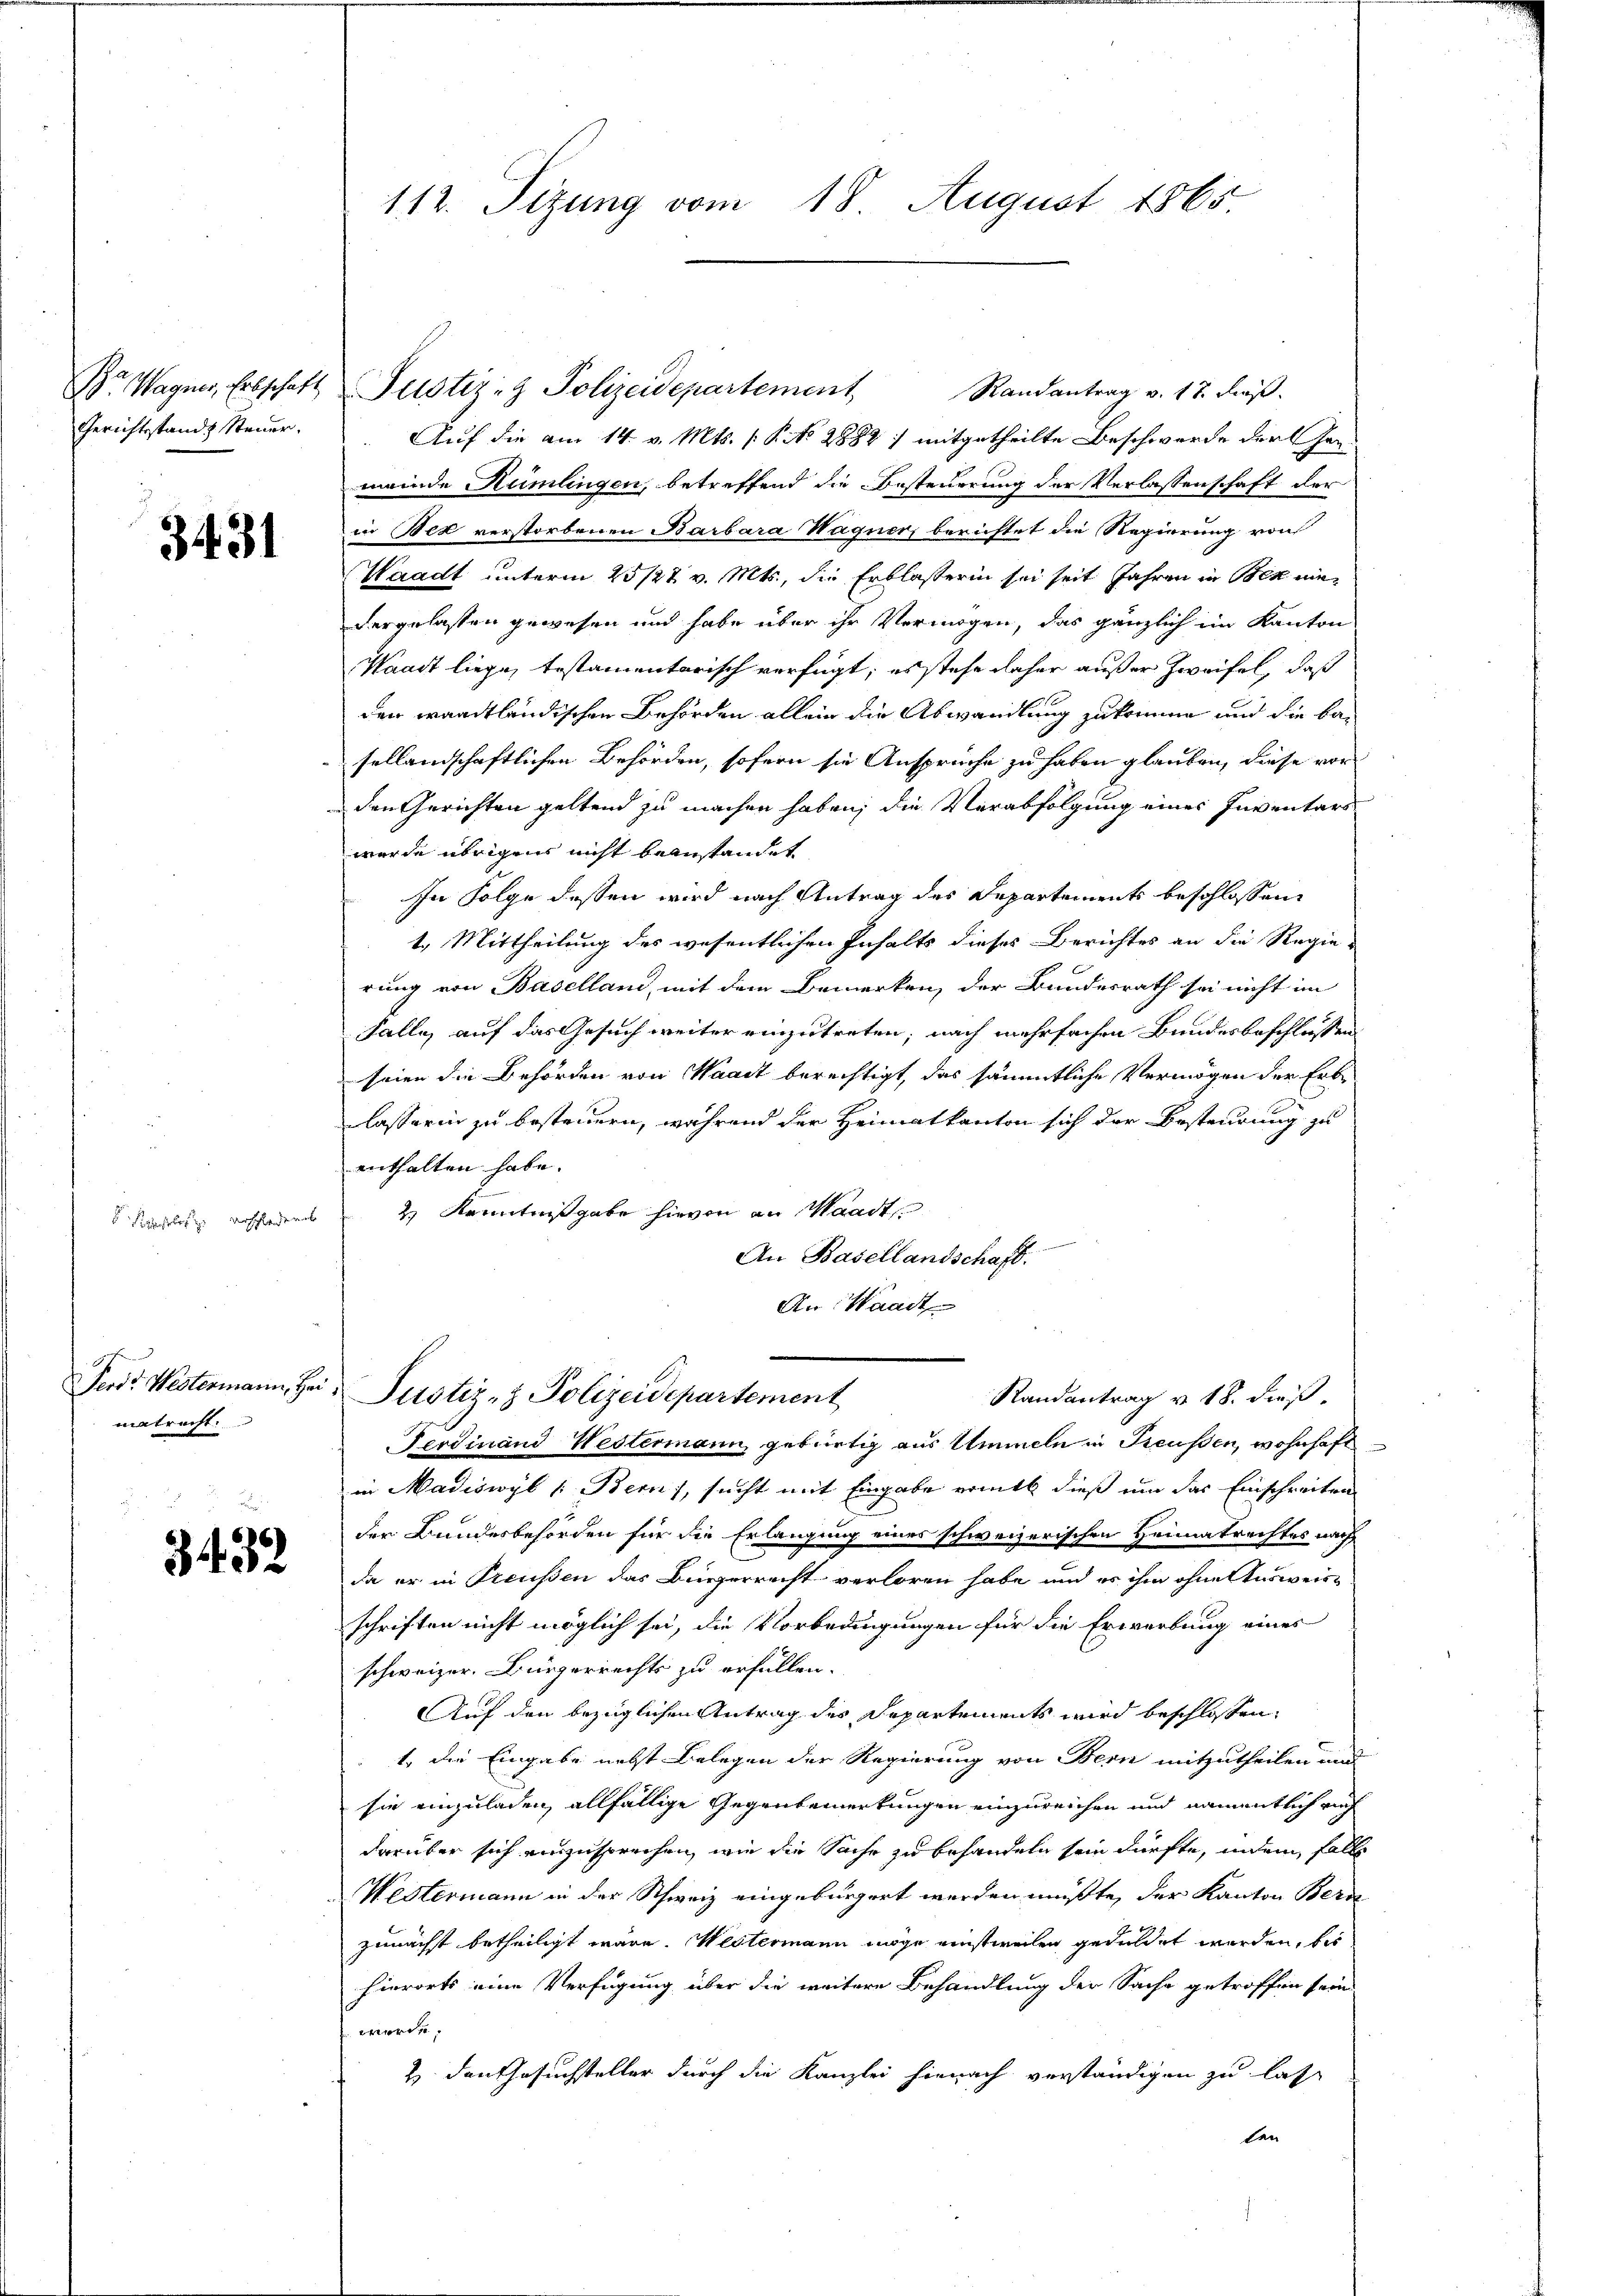
Dr Wagner, Erbschaft
Gerichtsstand Steuer.

3431

Regleichtlich zu erschladen

matricht.

3432

112. Sizung vom 18 August 1865.

Randantrag v. 18. dieß.
Auf die am 14. v. Mts. (T. No 2882) mitgetheilte Beschwerde der Han-
meinde Humlingen, betreffend die Besteuerung der Verlassenschaft der
in Bex verstorbenen Barbara Wagner, berichtet die Regierung von
Waadt unterm 25/27. v. Mts., die Erblasserin sei seit Jahren in Bek niedergelassen gewesen und habe über ihr Vermögen, das gänzlich im Kanton
Waadt liege, testamentarisch verfügt; es stehe daher außer Zweifel, daß
den waadtländischen Behörden allein die Abwandlung zukommen und die besellandschaftlichen Behörden, sofern sie Ansprüche zu haben glauben, diese vor
den Gerichten geltend zu machen haben; die Verabfolgung eines Inventars
wurde übrigens nicht beanstandet
In Folge dessen wird nach Antrag des Departements beschlossen
1. Mittheilung des wesentlichen Inhalts dieses Berichtes an die Regie-
rung von Basellan, mit dem Bemerken, der Bundesrath sei nicht im
Falle, auf das Gesuch weiter einzutreten; nach mehrfachen Bundesbeschlüssen
seien die Behörden von Waadt berechtigt, das sämmtliche Vermögen der Erbe
lasserin zu besteuern, während der Heimatkanton sich der Besteurung zu
enthalten habe.
2 Kenntnißgabe hievon an Waadt

An Basellandschaft.
An: Waadt

Ferdinand Westermann, gebürtig aus Ummeln in Reußen, wohnhaft
in Madiswyl (Bern), sucht mit Eingabe ritt dieß um das Einschreiben
der Bundesbehörden für die Erlangung eines schweizerischen Heimatrechtes nach
da er in Preußen das Bürgerrecht verloren habe und es ihm ohne Ausweisschriften nicht möglich sei, die Vorbedingungen für die Erwerbung eines
schweizer. Bürgerrechts zu erfüllen.
Auf den bezüglichen Antrag des Departements wird beschlossen:
1. die Eingabe nebst Belegen der Regierung von Bern mitzutheilen und
sie einzuladen, allfällige Gegenbemerkungen einzureichen und namentlich auch
darüber sich einzusprechen, wie die Sache zu behandeln sein dürfte, indem falls
Westermann in der Schweiz eingebürgert werden müßte, der Kanton Bern
zunächst betheiligt wäre. Westermann möge einstweilen geduldet werden, bis
hierorts eine Verfügung über die weitere Behandlung der Sache getroffen sein
werde.
2. den Gesuchsteller durch die Kanzlei hienach verständigen zu lasse
ten

Justiz- & Polizeidepartement

Ferd. Westermann, Her Justiz- & Polizeidepartement
Randantrag v. 18. dieß.